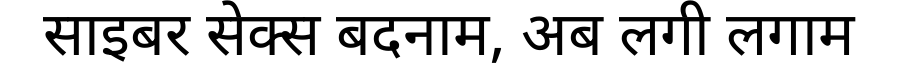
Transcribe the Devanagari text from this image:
साइबर सेक्स बदनाम, अब लगी लगाम